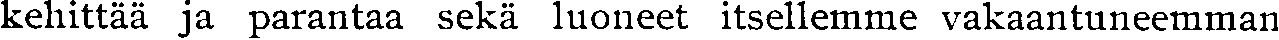
kehittää ja parantaa sekä luoneet itsellemme vakaantuneemman